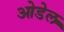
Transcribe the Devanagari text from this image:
ओडेल